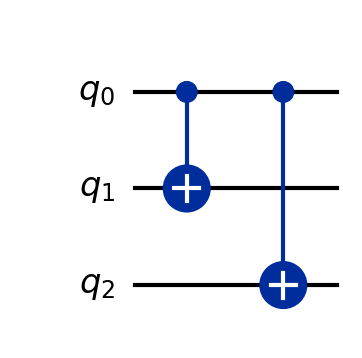
Description: 3-qubit bit-flip code encoding
描述: 3量子比特比特翻转码编码
Category: error_correction (difficulty: advanced)
Qubits: 3, circuit depth: 2

Braket implementation:
from braket.circuits import Circuit
circuit = Circuit().cnot(0, 1).cnot(0, 2)